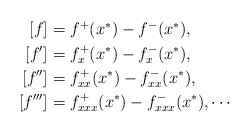
\begin{align*}\begin{aligned}\left[f\right]&=f^{+}(x^{*}) - f^{-}(x^{*}),\\\left[ f' \right]&=f_x^{+}(x^{*}) - f_x^{-}(x^{*}),\\\left[ f'' \right]&=f_{xx}^{+}(x^{*}) - f_{xx}^{-}(x^{*}),\\\left[ f''' \right]&=f_{xxx}^{+}(x^{*}) - f_{xxx}^{-}(x^{*}),\cdots\end{aligned}\end{align*}